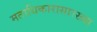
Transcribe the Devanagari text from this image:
मताधिकारासारख्या